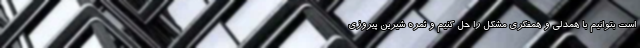
است بتوانیم با همدلی و همفکری مشکل را حل کنیم و ثمره شیرین پیروزی